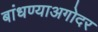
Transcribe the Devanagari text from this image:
बांधण्याअगोदर